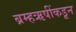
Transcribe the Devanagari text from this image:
ब्रम्हऋषींकडून